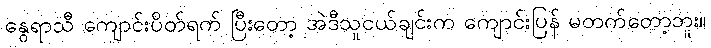
နွေရာသီ ကျောင်းပိတ်ရက် ပြီးတော့ အဲဒီသူငယ်ချင်းက ကျောင်းပြန် မတက်တော့ဘူး။